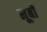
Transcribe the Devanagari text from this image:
नूबी